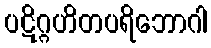
ပဋိဂ္ဂဟိတပရိဘောဂါ